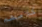
كلامهم